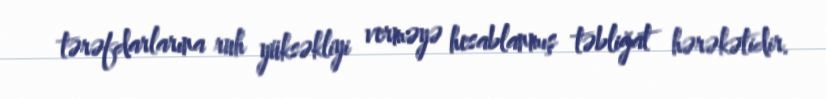
tərəfdarlarına ruh yüksəkliyi verməyə hesablanmış təbliğat hərəkətidir.